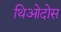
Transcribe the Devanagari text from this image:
थिओदोस